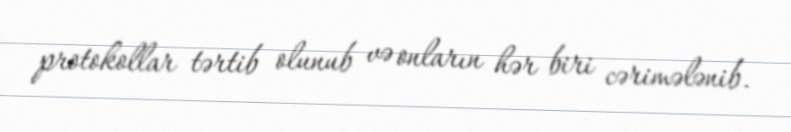
protokollar tərtib olunub və onların hər biri cərimələnib.